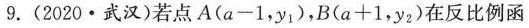
9.(2020·武汉)若点A$$( a - 1，y _ { 1 } )$$，B$$( a + 1，y _ { 2 } )$$在反比例函